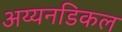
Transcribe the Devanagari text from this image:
अय्यनडिकल